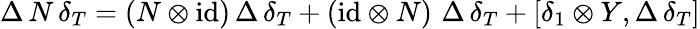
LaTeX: \Delta\, N\, \delta_{T}=(N\otimes\mathrm{id})\, \Delta\, \delta_{T}+(\mathrm{id}\otimes N)\, \, \Delta\, \delta_{T}+[\delta_{1}\otimes Y,\Delta\, \delta_{T}]